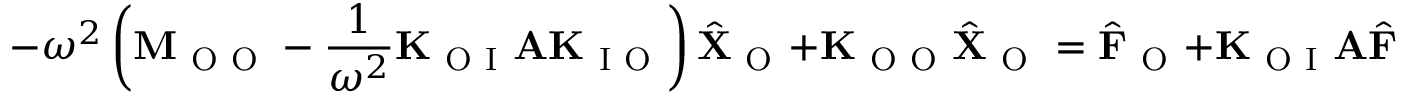
- \omega ^ { 2 } \left( \mathbf { M } _ { \mathrm { ~ O ~ O ~ } } - \frac { 1 } { \omega ^ { 2 } } \mathbf { K } _ { \mathrm { ~ O ~ I ~ } } \mathbf { A } \mathbf { K } _ { \mathrm { ~ I ~ O ~ } } \right) \hat { \mathbf { X } } _ { \mathrm { ~ O ~ } } + \mathbf { K } _ { \mathrm { ~ O ~ O ~ } } \hat { \mathbf { X } } _ { \mathrm { ~ O ~ } } = \hat { \mathbf { F } } _ { \mathrm { ~ O ~ } } + \mathbf { K } _ { \mathrm { ~ O ~ I ~ } } \mathbf { A } \hat { \mathbf { F } } _ { \mathrm { ~ I ~ } } \, .